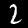
Label: 2